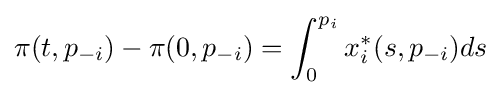
\pi (t,p_{-i})-\pi (0,p_{-i})=\int _{0}^{p_{i}}x_{i}^{\ast }(s,p_{-i})ds